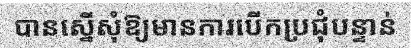
បានស្នើសុំឱ្យមានការបើកប្រជុំបន្ទាន់